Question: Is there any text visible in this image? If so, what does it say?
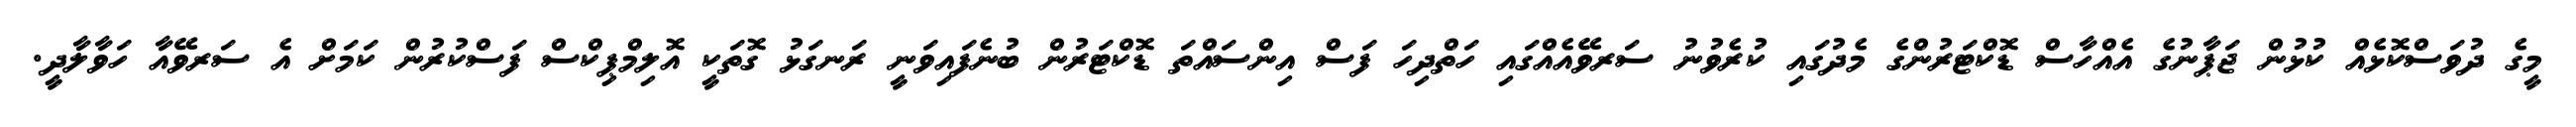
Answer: މީގެ ދުވަސްކޮޅެއް ކުޅުން ޖަޕާނުގެ އެއްހާސް ޑޮކްޓަރުންގެ މެދުގައި ކުރެވުނު ސަރވޭއެއްގައި ހަތްދިހަ ފަސް އިންސައްތަ ޑޮކްޓަރުން ބުނެފައިވަނީ ރަނގަޅު ގޮތަކީ އޮލިމްޕިކްސް ފަސްކުރުން ކަމަށް އެ ސަރވޭއާ ހަވާލާދީ.